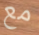
مع